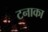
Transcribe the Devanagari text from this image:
टनाका